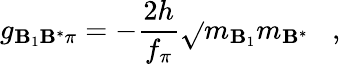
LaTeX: g_{\mathbf{B}_{1}\mathbf{B}^{*}\pi}=-{\frac{{2h}}{{f_{\pi}}}}\sqrt{}{{m_{\mathbf{B}_{1}}m_{\mathbf{B}^{*}}}}\; \; \; ,